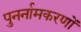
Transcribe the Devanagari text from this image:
पुनर्नामकरणों